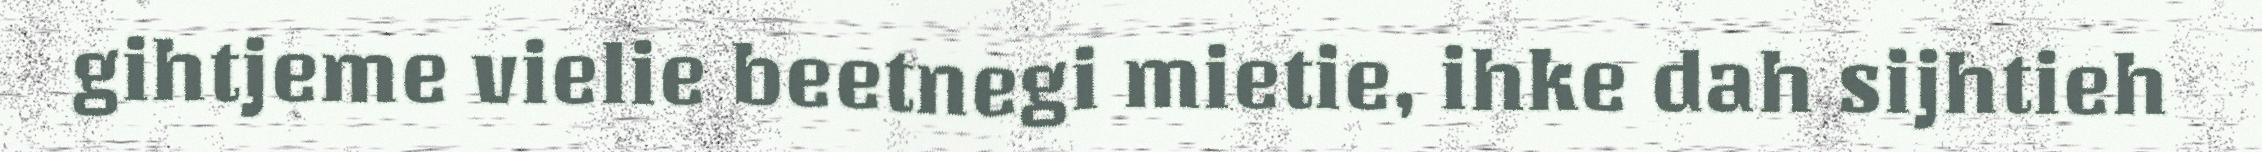
gihtjeme vielie beetnegi mietie, ihke dah sijhtieh